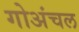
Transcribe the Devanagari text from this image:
गोअंचल